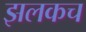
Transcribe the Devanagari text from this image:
झलकच